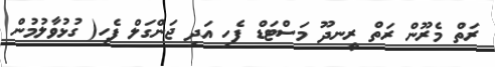
ރަތް މެރޫން ރަތް ރީނދޫ މަސްޓަޑް ފެހި އަދި ޖަންގަލް ފެހި( ގުޅުވާލުމުން